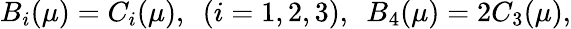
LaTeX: B_{i}(\mu)=C_{i}(\mu),\ \ (i=1,2,3),\ \ B_{4}(\mu)=2C_{3}(\mu),